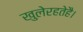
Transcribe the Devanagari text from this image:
खुलेरहतेहै।